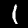
Digit: 1